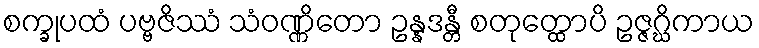
စက္ခုပထံ ပဗ္ဗဇိဿံ သံဝဏ္ဏိတော ဥန္နဒန္တီ စတုတ္ထောပိ ဥဇ္ဇဂ္ဃိကာယ